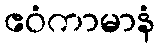
ဧဝံကာမာနံ